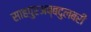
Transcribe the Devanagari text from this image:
साहपुरअब्बदुलबरी